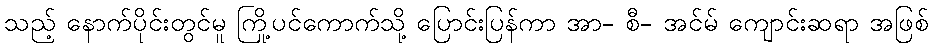
သည့် နောက်ပိုင်းတွင်မူ ကြို့ပင်ကောက်သို့ ပြောင်းပြန်ကာ အာ- စီ- အင်မ် ကျောင်းဆရာ အဖြစ်